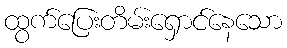
ထွက်ပြေးတိမ်းရှောင်နေသော